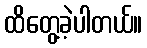
ထိတွေ့ခဲ့ပါတယ်။